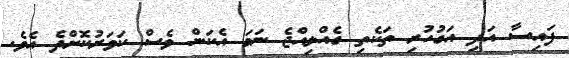
ފައިސާ އަދި އަގުހުރި ތަކެތި ގެއްލިއްޖެ ނަމަ އެކަން ވެސް ކަވަރުކޮށްދެ އެވެ.